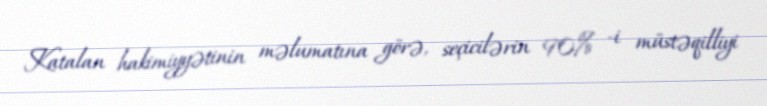
Katalan hakimiyyətinin məlumatına görə, seçicilərin 90% -i müstəqilliyi